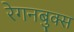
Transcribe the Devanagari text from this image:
रेगनबुक्स